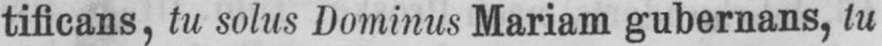
tificans, tu solus Dominus Mariam gubernans, tu